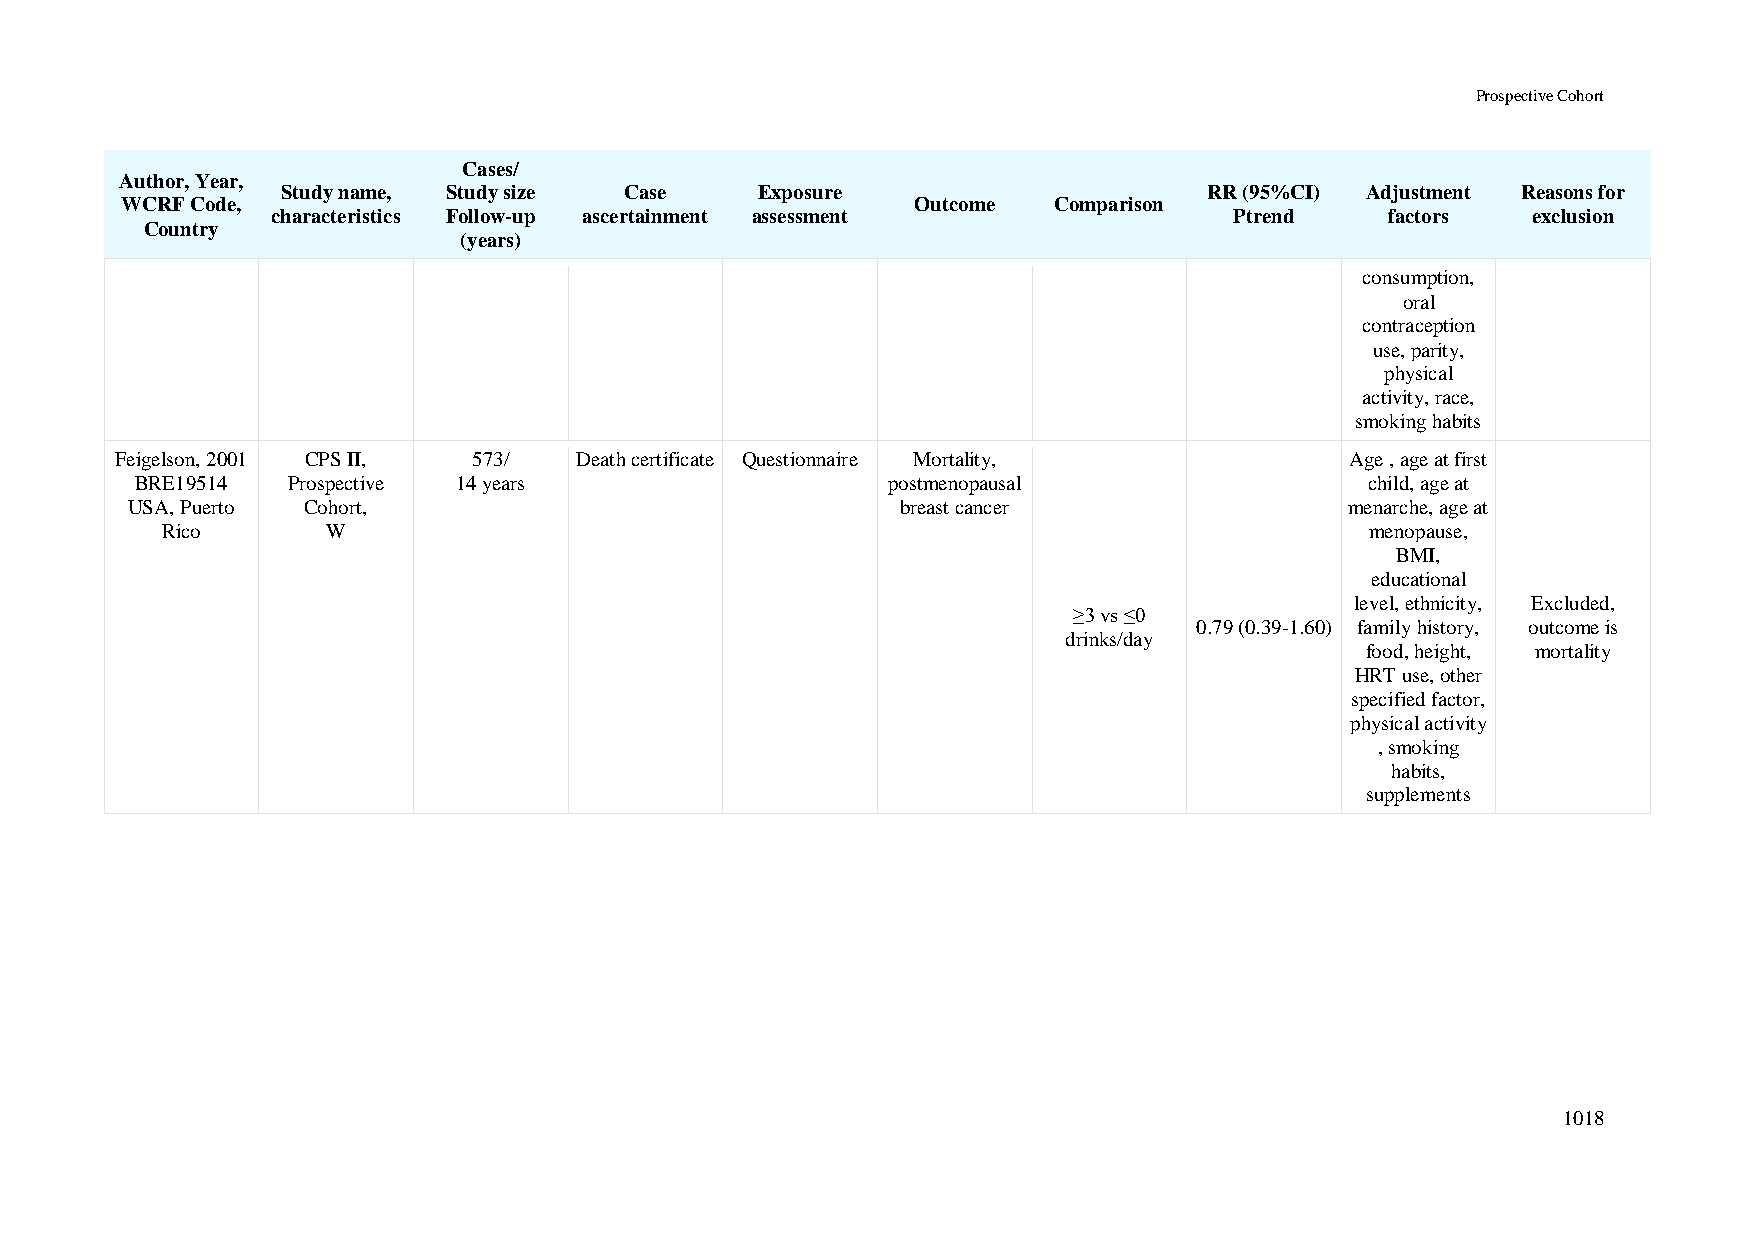
Prospective Cohort
 Cases/
 Author, Year,
 Study name, Study size Case    Exposure                      RR (95%CI) Adjustment Reasons for
 WCRF Code,                                           Outcome  Comparison
 characteristics Follow-up ascertainment assessment              Ptrend    factors  exclusion
 Country
 (years)
 consumption,
 oral
 contraception
 use, parity,
 physical
 activity, race,
 smoking habits
 Feigelson, 2001 CPS II, 573/  Death certificate Questionnaire Mortality,         Age , age at first
 BRE19514  Prospective 14 years                    postmenopausal                  child, age at
 USA, Puerto Cohort,                                 breast cancer                menarche, age at
 Rico       W                                                                    menopause,
 BMI,
 educational
 level, ethnicity, Excluded,
 ≥3 vs ≤0
 0.79 (0.39-1.60) family history, outcome is
 drinks/day
 food, height, mortality
 HRT use, other
 specified factor,
 physical activity
 , smoking
 habits,
 supplements
 1018